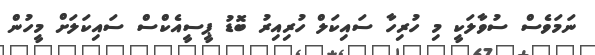
ނަމަވެސް ސުވާލަކީ މި ހުރިހާ ސައިކަލް ހުރިއިރު ބޮޑު ޕީސީއެކްސް ސައިކަލަށް މީހުން